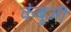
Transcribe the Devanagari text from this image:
कंबुजी